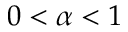
0 < \alpha < 1